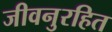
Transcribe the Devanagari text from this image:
जीवनुरहित